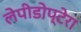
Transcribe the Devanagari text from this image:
लेपीडोप्टेरा